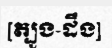
[ត្បូង-ដឹង]